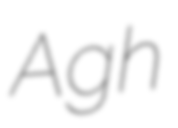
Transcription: Agh